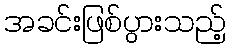
အခင်းဖြစ်ပွားသည့်